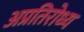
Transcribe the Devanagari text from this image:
अप्रतिरोध्य